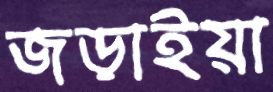
জড়াইয়া